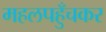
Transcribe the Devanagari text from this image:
महलपहुँचकर